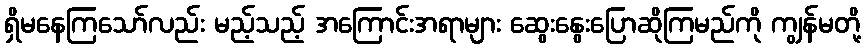
ရှိမနေကြသော်လည်း မည့်သည့် အကြောင်းအရာများ ဆွေးနွေးပြောဆိုကြမည်ကို ကျွန်မတို့